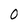
Character: O